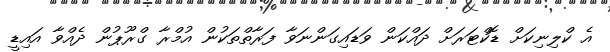
އެ ކްލިނިކަށް ޑޮކްޓަރަށް ދައްކަން ވަޑައިގަންނަވާ ފަރާތްތަކުން އުމްރާ ގްރޫޕުން ދެއްވާ އައިޑީ